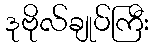
ဒုဗိုလ်ချုပ်ကြီး